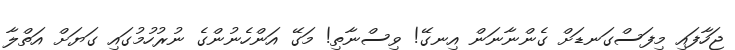
ޖަހާފައި މިފަސްގަނޑަށް ގެންނާނަން އިނގޭ! ވިސްނާތި! މަގޭ އަންހެނުންގެ ނުރުހުމުގައި ގަޔަށް އަތްލާ